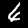
Label: 6